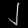
Digit: ၂